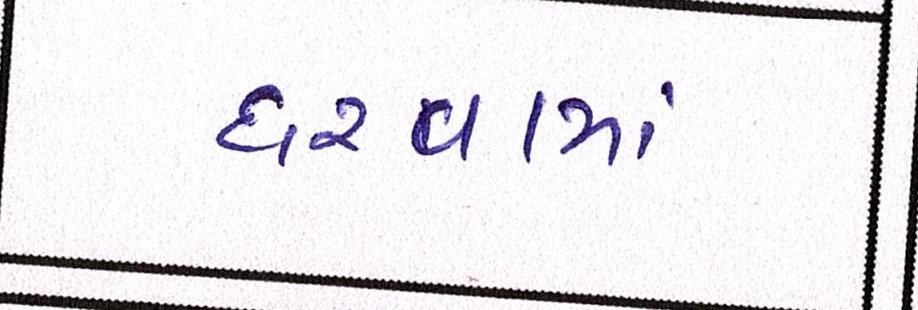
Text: ધરવામાં